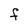
Character: F